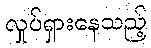
လှုပ်ရှားနေသည့်